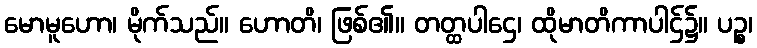
မောမူဟော၊ မိုက်သည်။ ဟောတိ၊ ဖြစ်၏။ တတ္ထပါဌေ၊ ထိုမာတိကာပါဌ်၌။ ပဉ္စ၊